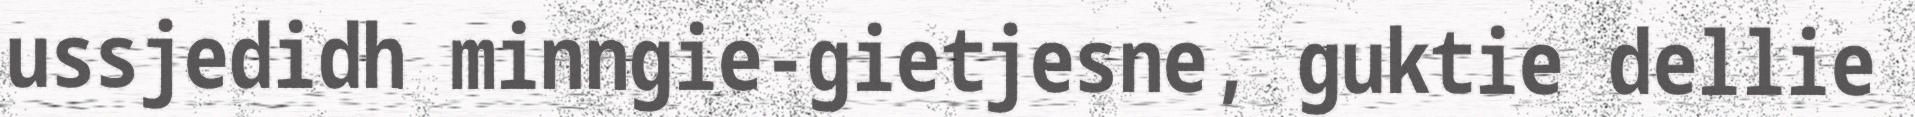
ussjedidh minngie-gietjesne, guktie dellie